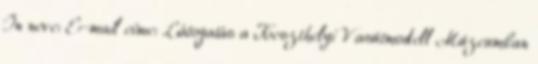
Ön neve: E-mail címe: Látogatás a Keszthelyi Vasútmodell Múzeumban